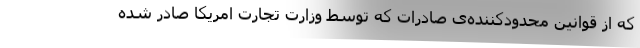
که از قوانین محدودکننده‌ی صادرات که توسط وزارت تجارت امریکا صادر شده